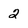
Character: 2